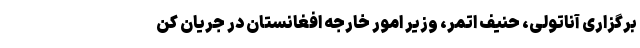
برگزاری آناتولی، حنیف اتمر، وزیر امور خارجه افغانستان در جریان کن